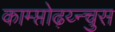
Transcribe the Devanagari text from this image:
काम्प्तोढ़य्न्चुस